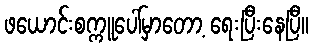
ဖယောင်းစက္ကူပေါ်မှာတော့ ရေးပြီးနေပြီ။